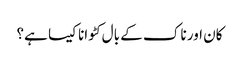
کان اور ناک کے بال کٹوانا کیسا ہے؟